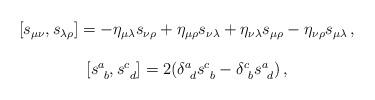
LaTeX: \begin{align*}\begin{array}{c}[s_{\mu\nu},s_{\lambda\rho}]=-\eta_{\mu\lambda}s_{\nu\rho}+\eta_{\mu\rho}s_{\nu\lambda}+\eta_{\nu\lambda}s_{\mu\rho}-\eta_{\nu\rho}s_{\mu\lambda}\,,\\{}\\{[}{s^{a}_{~b}},{}{s^{c}_{~d}}{]}=2(\delta^{a}_{~d}s^{c}_{~b}-\delta^{c}_{~b}s^{a}_{~d})\,,\end{array}\end{align*}